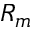
R _ { m }